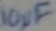
Text: 10µF